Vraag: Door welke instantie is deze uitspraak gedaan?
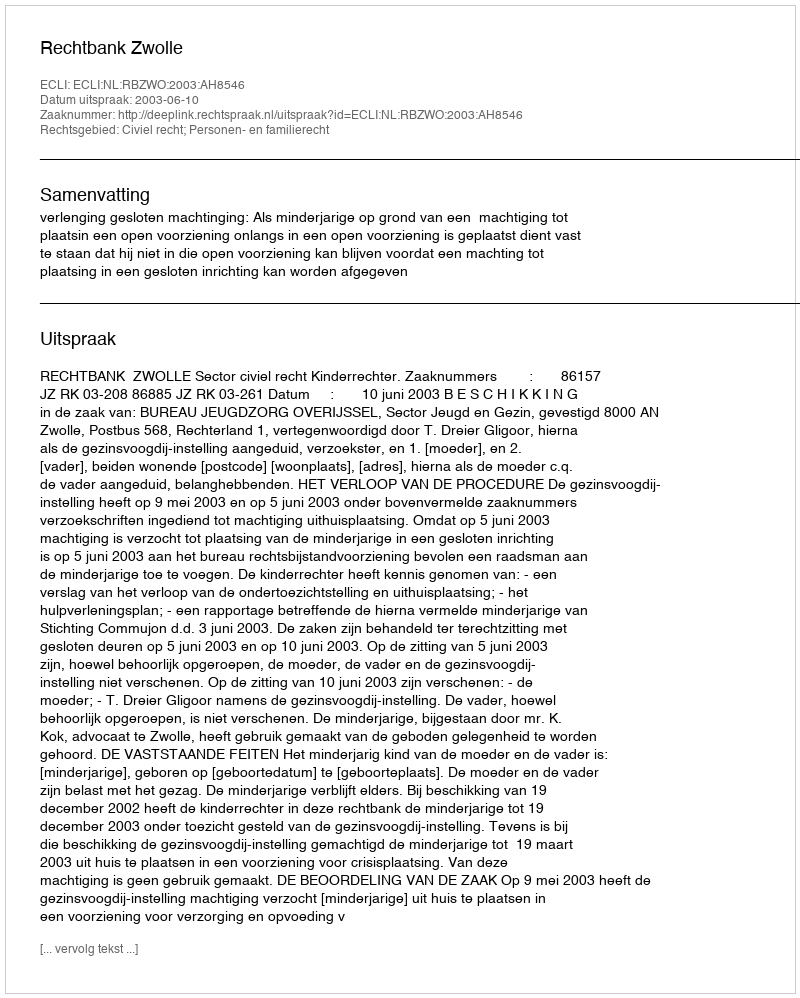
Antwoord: Rechtbank Zwolle